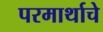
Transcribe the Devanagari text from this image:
परमार्थाचे